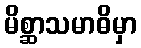
မိစ္ဆာသမာဓိမှာ